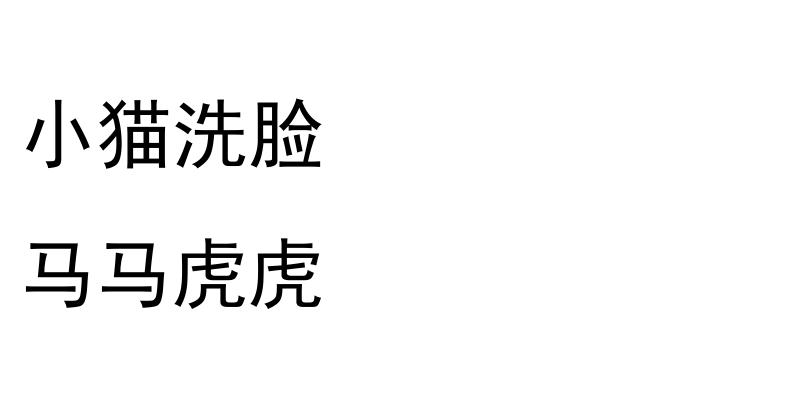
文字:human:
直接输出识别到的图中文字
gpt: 小猫洗脸 马马虎虎